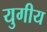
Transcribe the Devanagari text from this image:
युगीय